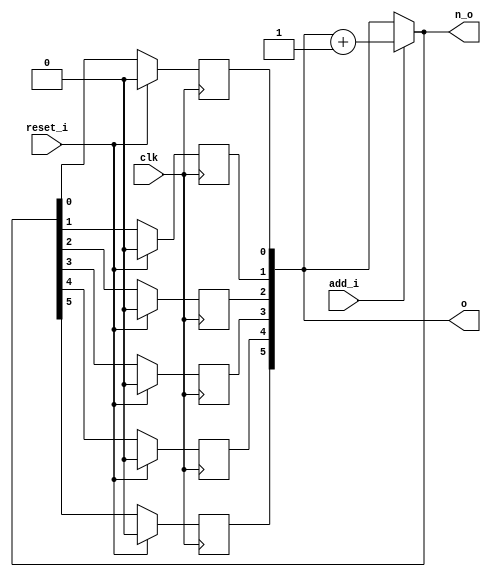
// This program was cloned from: https://github.com/NYU-MLDA/OpenABC
// License: BSD 3-Clause "New" or "Revised" License

module bsg_circular_ptr_slots_p64_max_add_p1
(
  clk,
  reset_i,
  add_i,
  o,
  n_o
);

  input [0:0] add_i;
  output [5:0] o;
  output [5:0] n_o;
  input clk;
  input reset_i;
  wire [5:0] o,n_o,genblk1_genblk1_ptr_r_p1;
  wire N0,N1,N2;
  reg o_5_sv2v_reg,o_4_sv2v_reg,o_3_sv2v_reg,o_2_sv2v_reg,o_1_sv2v_reg,o_0_sv2v_reg;
  assign o[5] = o_5_sv2v_reg;
  assign o[4] = o_4_sv2v_reg;
  assign o[3] = o_3_sv2v_reg;
  assign o[2] = o_2_sv2v_reg;
  assign o[1] = o_1_sv2v_reg;
  assign o[0] = o_0_sv2v_reg;

  always @(posedge clk) begin
    if(reset_i) begin
      o_5_sv2v_reg <= 1'b0;
    end else if(1'b1) begin
      o_5_sv2v_reg <= n_o[5];
    end 
  end


  always @(posedge clk) begin
    if(reset_i) begin
      o_4_sv2v_reg <= 1'b0;
    end else if(1'b1) begin
      o_4_sv2v_reg <= n_o[4];
    end 
  end


  always @(posedge clk) begin
    if(reset_i) begin
      o_3_sv2v_reg <= 1'b0;
    end else if(1'b1) begin
      o_3_sv2v_reg <= n_o[3];
    end 
  end


  always @(posedge clk) begin
    if(reset_i) begin
      o_2_sv2v_reg <= 1'b0;
    end else if(1'b1) begin
      o_2_sv2v_reg <= n_o[2];
    end 
  end


  always @(posedge clk) begin
    if(reset_i) begin
      o_1_sv2v_reg <= 1'b0;
    end else if(1'b1) begin
      o_1_sv2v_reg <= n_o[1];
    end 
  end


  always @(posedge clk) begin
    if(reset_i) begin
      o_0_sv2v_reg <= 1'b0;
    end else if(1'b1) begin
      o_0_sv2v_reg <= n_o[0];
    end 
  end

  assign genblk1_genblk1_ptr_r_p1 = o + 1'b1;
  assign n_o = (N0)? genblk1_genblk1_ptr_r_p1 : 
               (N1)? o : 1'b0;
  assign N0 = add_i[0];
  assign N1 = N2;
  assign N2 = ~add_i[0];

endmodule